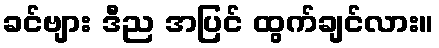
ခင်ဗျား ဒီည အပြင် ထွက်ချင်လား။